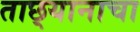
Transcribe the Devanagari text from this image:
ताछ्यानाचा